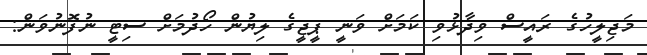
މަޖިލީހުގެ ރައީސް ވިދާޅުވި ކަމަށް ވަނީ ޕީޖީގެ ލިޔުން ހޯދުމަށް ސިޓީ ނުފޮނުވަން: